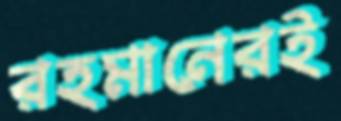
রহমানেরই